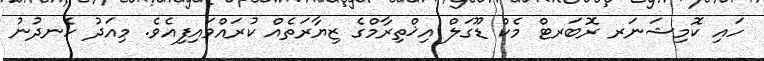
ހައި ކޮމިޝަނަރ ރޮބަރޓް މެކް ޑޫގަލް އިޚްތިރާމްގެ ޒިޔާރަތެއް ކުރައްވައިފިއެވެ. މިއަދު ހެނދުނު